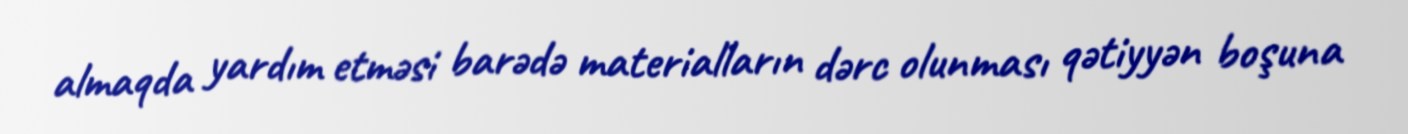
almaqda yardım etməsi barədə materialların dərc olunması qətiyyən boşuna